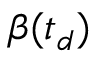
\boldsymbol { \beta } ( t _ { d } )